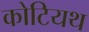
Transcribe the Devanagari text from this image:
कोटियथ